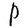
Character: P